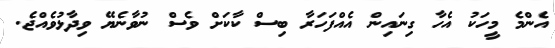
އެންމެ މީހަކު އެހާ ގިނައިން އެއްފަހަރާ ބިސް ކާކަށް ވެސް ނުވާނެޔޭ ވިދާޅުވެއްޖެ.